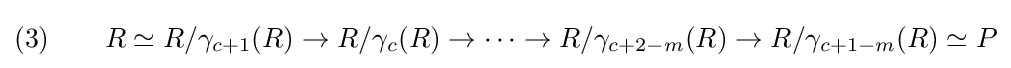
(3)\qquad R\simeq R/\gamma _{c+1}(R)\to R/\gamma _{c}(R)\to \cdots \to R/\gamma _{c+2-m}(R)\to R/\gamma _{c+1-m}(R)\simeq P